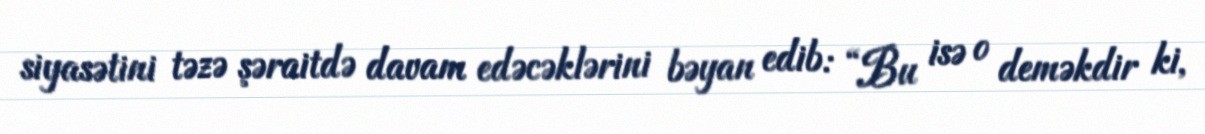
siyasətini təzə şəraitdə davam edəcəklərini bəyan edib: “Bu isə o deməkdir ki,